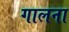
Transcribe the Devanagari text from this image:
गालना